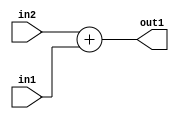
`timescale 1ps / 1ps
/*****************************************************************************
    Verilog RTL Description
    
    
    Created by: Stratus DpOpt 2019.1.01 
*******************************************************************************/

module SobelFilter_Add_13Sx10U_13S_4 (
	in2,
	in1,
	out1
	); /* architecture "behavioural" */ 
input [12:0] in2;
input [9:0] in1;
output [12:0] out1;
wire [12:0] asc001;

assign asc001 = 
	+(in2)
	+(in1);

assign out1 = asc001;
endmodule

/* CADENCE  urj5TAk= : u9/ySgnWtBlWxVPRXgAZ4Og= ** DO NOT EDIT THIS LINE ******/